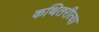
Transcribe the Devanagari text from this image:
कथितरीत्या